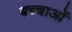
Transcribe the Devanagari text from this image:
बच्चाओं